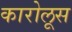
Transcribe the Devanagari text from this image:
कारोलूस